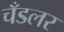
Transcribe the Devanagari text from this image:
चँडलर